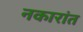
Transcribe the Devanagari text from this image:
नकारांत